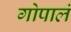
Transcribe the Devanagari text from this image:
गोपालं